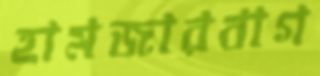
হামজারবাগ